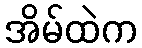
အိမ်ထဲက